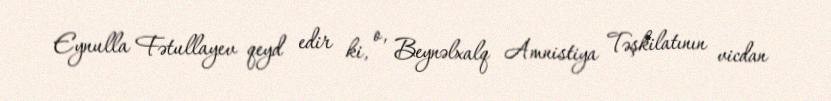
Eynulla Fətullayev qeyd edir ki, o, Beynəlxalq Amnistiya Təşkilatının vicdan